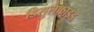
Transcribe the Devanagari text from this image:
डिसुलफाइड